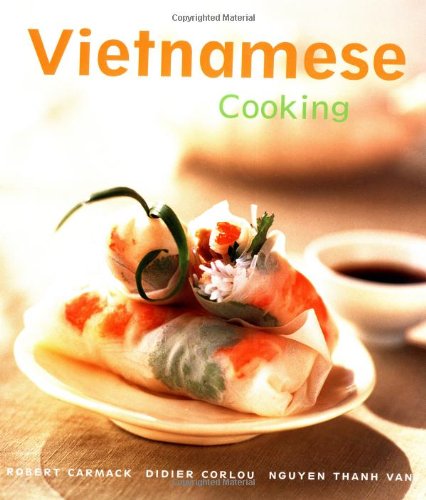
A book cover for Vietnamese Cooking: [Vietnamese Cookbook, Techniques, Over 50 Recipes] (Cooking (Periplus)); Robert Carmack; Cookbooks, Food & Wine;